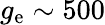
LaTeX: g_{\mathrm{e}}\sim 500